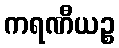
ကရဏီယဉ္စ